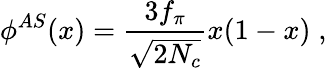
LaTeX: \phi^{AS}(x)=\frac{3f_{\pi}}{\sqrt{2N_{c}}}x(1-x)\; ,